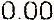
0.00